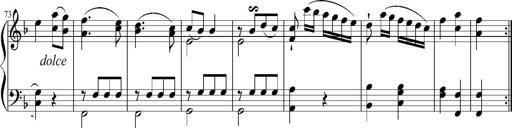
Title: 12 Sonatinas for Piano
Composer: Johann Baptist Vanhal